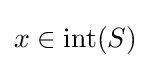
x\in \mathrm {int} (S)